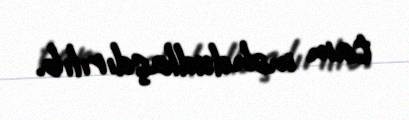
tam məhdudlaşdırılıb.